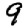
Digit: 9